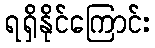
ရရှိနိုင်ကြောင်း